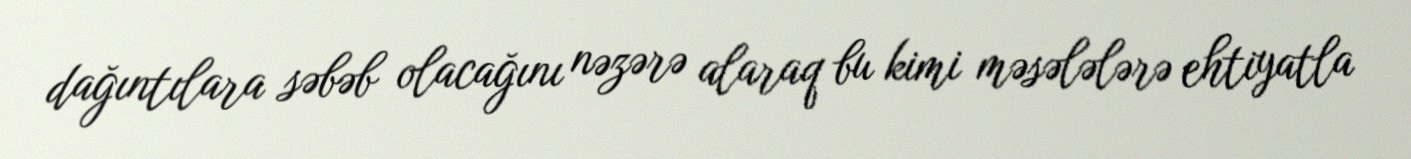
dağıntılara səbəb olacağını nəzərə alaraq bu kimi məsələlərə ehtiyatla